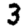
Digit: 3